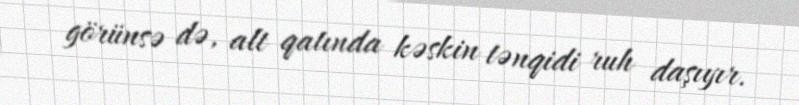
görünsə də, alt qatında kəskin tənqidi ruh daşıyır.